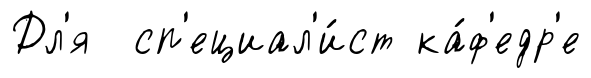
Дл'я сп'ециал'и́ст ка́ф'едр'е